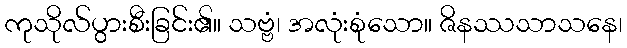
ကုသိုလ်ပွားစီးခြင်း၏။ သဗ္ဗံ၊ အလုံးစုံသော။ ဇိနဿသာသနေ၊